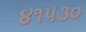
૪૧૫૩૦